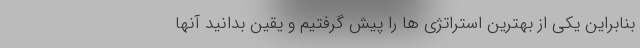
بنابراین یکی از بهترین استراتژی ها را پیش گرفتیم و یقین بدانید آنها